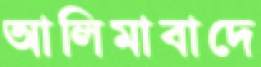
আলিমাবাদে